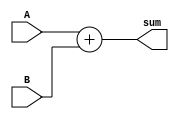
`timescale 1ns / 1ps
//////////////////////////////////////////////////////////////////////////////////
// Company: 
// Engineer: 
// 
// Design Name: 
// Module Name:    adder_8 
// Project Name: 
// Target Devices: 
// Tool versions: 
// Description: 
//
// Dependencies: 
//
// Revision: 
// Revision 0.01 - File Created
// Additional Comments: 
//
//////////////////////////////////////////////////////////////////////////////////
module adder_8 (A, B, sum);
	 input [7:0] A, B;
	 output [7:0] sum;
	
	assign sum = A + B;
	
endmodule